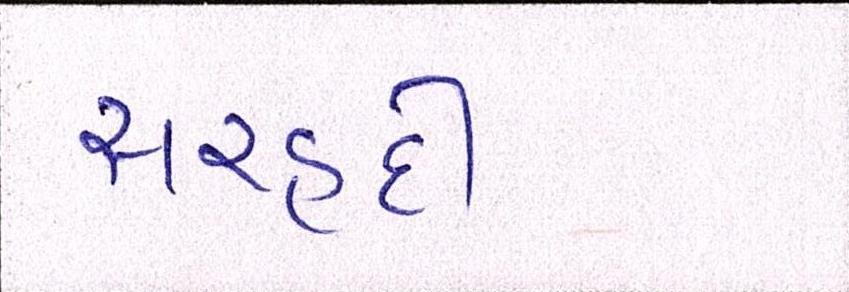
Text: સરહદી